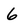
Character: 6